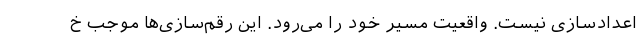
اعدادسازی نیست. واقعیت مسیر خود را می‌رود. این رقم‌سازی‌ها موجب خ